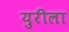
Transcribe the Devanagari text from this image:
युरीला